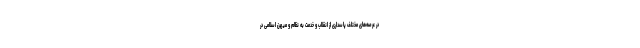
در عرصه‌های مختلف پاسداری از انقلاب و خدمت به نظام و میهن اسلامی در